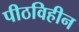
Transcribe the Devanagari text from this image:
पीठविहीन